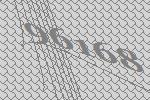
96168